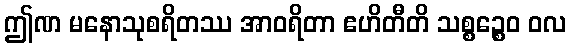
ဤဏ မနောသုစရိတဿ အာဝရိတာ ဧဟိတီတိ သစ္စဉ္စေဝ ဝလ